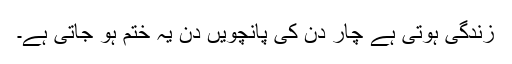
زندگی ہوتی ہے چار دن کی پانچویں دن یہ ختم ہو جاتی ہے۔